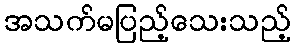
အသက်မပြည့်သေးသည့်